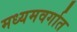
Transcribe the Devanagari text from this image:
मध्यमवर्गात